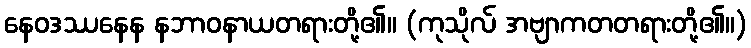
နေဝဒဿနေန နဘာဝနာယတရားတို့၏။ (ကုသိုလ် အဗျာကတတရားတို့၏။)